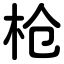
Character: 枪